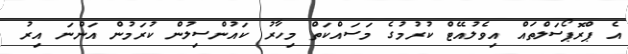
އެ ޕްރޮޕޯސަލްތައް އިވެލުއޭޓް ކުރުމުގެ މަސައްކަތް މިހާރު ކައުންސިލުން ކުރަމުން އަންނަ އިރު